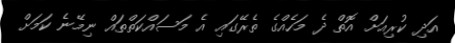
އަދި ކުރިއަށް އޮތް ދެ މަހެއްގެ ތެރޭގައި އެ މަސައްކަތްތައް ނިމޭނެ ކަމަށް